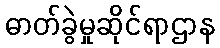
ဓာတ်ခွဲမှုဆိုင်ရာဌာန